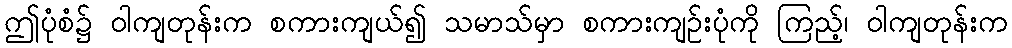
ဤပုံစံ၌ ဝါကျတုန်းက စကားကျယ်၍ သမာသ်မှာ စကားကျဉ်းပုံကို ကြည့်၊ ဝါကျတုန်းက